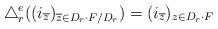
LaTeX: \begin{align*}\triangle_r^e((i_{\overline{z}})_{\overline{z}\in D_r \cdot F/D_r})=(i_{\overline{z}})_{z\in D_r\cdot F}\end{align*}